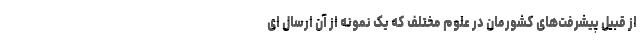
از قبیل پیشرفت‌های کشورمان در علوم مختلف که یک نمونه از آن ارسال ای